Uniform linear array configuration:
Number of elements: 16
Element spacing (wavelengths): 0.5
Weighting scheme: blackman
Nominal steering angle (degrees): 0
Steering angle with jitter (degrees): -0.9331
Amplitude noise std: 0.05
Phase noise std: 0.05

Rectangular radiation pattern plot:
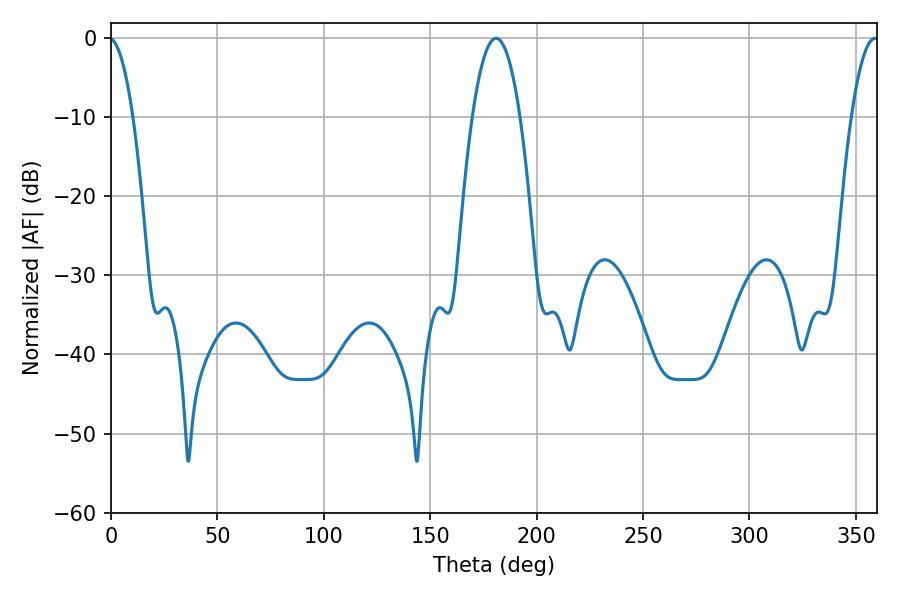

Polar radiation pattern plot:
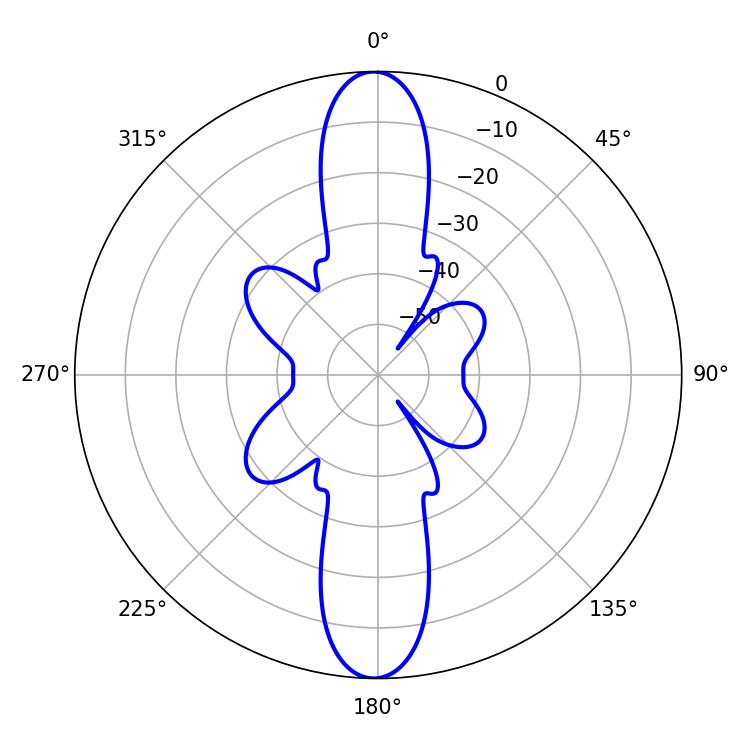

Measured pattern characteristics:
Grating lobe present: FALSE
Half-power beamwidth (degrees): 12.42
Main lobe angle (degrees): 180.9